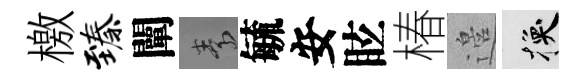
檄臻闡素毓安眩椿邉换